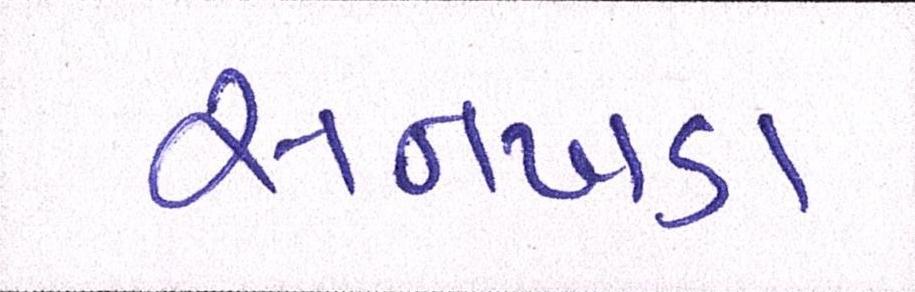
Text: સનખડા